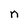
Character: n